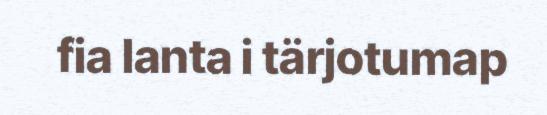
fia lanta i tärjotumap